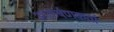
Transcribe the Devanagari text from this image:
आकर्षणकर्ता